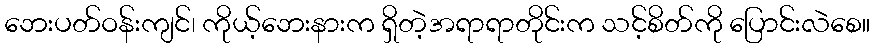
ဘေးပတ်ဝန်းကျင်၊ ကိုယ့်ဘေးနားက ရှိတဲ့အရာရာတိုင်းက သင့်စိတ်ကို ပြောင်းလဲစေ။